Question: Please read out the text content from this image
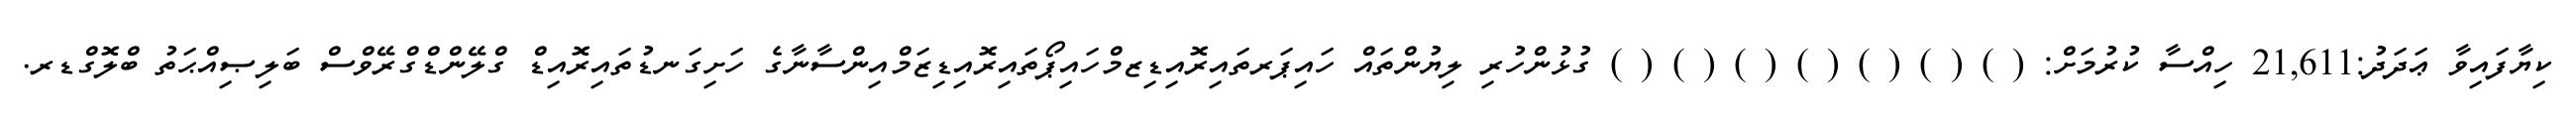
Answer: ކިޔާފައިވާ ޢަދަދު:21,611 ހިއްސާ ކުރުމަށް: ( ) ( ) ( ) ( ) ( ) ( ) ( ) ގުޅުންހުރި ލިޔުންތައް ހައިޕަރތައިރޮއިޑިޒމްހައިޕޯތައިރޮއިޑިޒަމްއިންސާނާގެ ހަށިގަނޑުތައިރޮއިޑް ގްލޭންޑްގްރޭވްސް ބަލިޞިއްޙަތު ބްލޮގްޑރ.